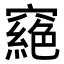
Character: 𥨟